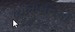
લોયાધામનો